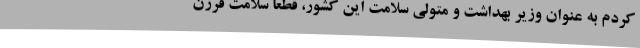
کردم به عنوان وزیر بهداشت و متولی سلامت این کشور، قطعا سلامت فرزن